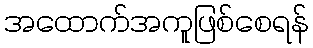
အထောက်အကူဖြစ်စေရန်